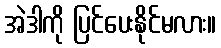
အဲဒါကို ပြင်ပေးနိုင်မလား။